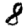
Digit: 8